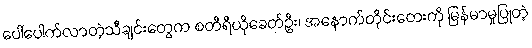
ပေါ်ပေါက်လာတဲ့သီချင်းတွေက စတီရီယိုခေတ်ဦး၊ အနောက်တိုင်းတေးကို မြန်မာမှုပြုတဲ့